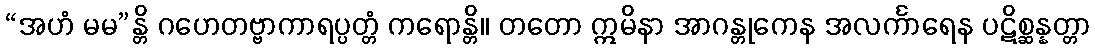
“အဟံ မမ”န္တိ ဂဟေတဗ္ဗာကာရပ္ပတ္တံ ကရောန္တိ။ တတော ဣမိနာ အာဂန္တုကေန အလင်္ကာရေန ပဋိစ္ဆန္နတ္တာ